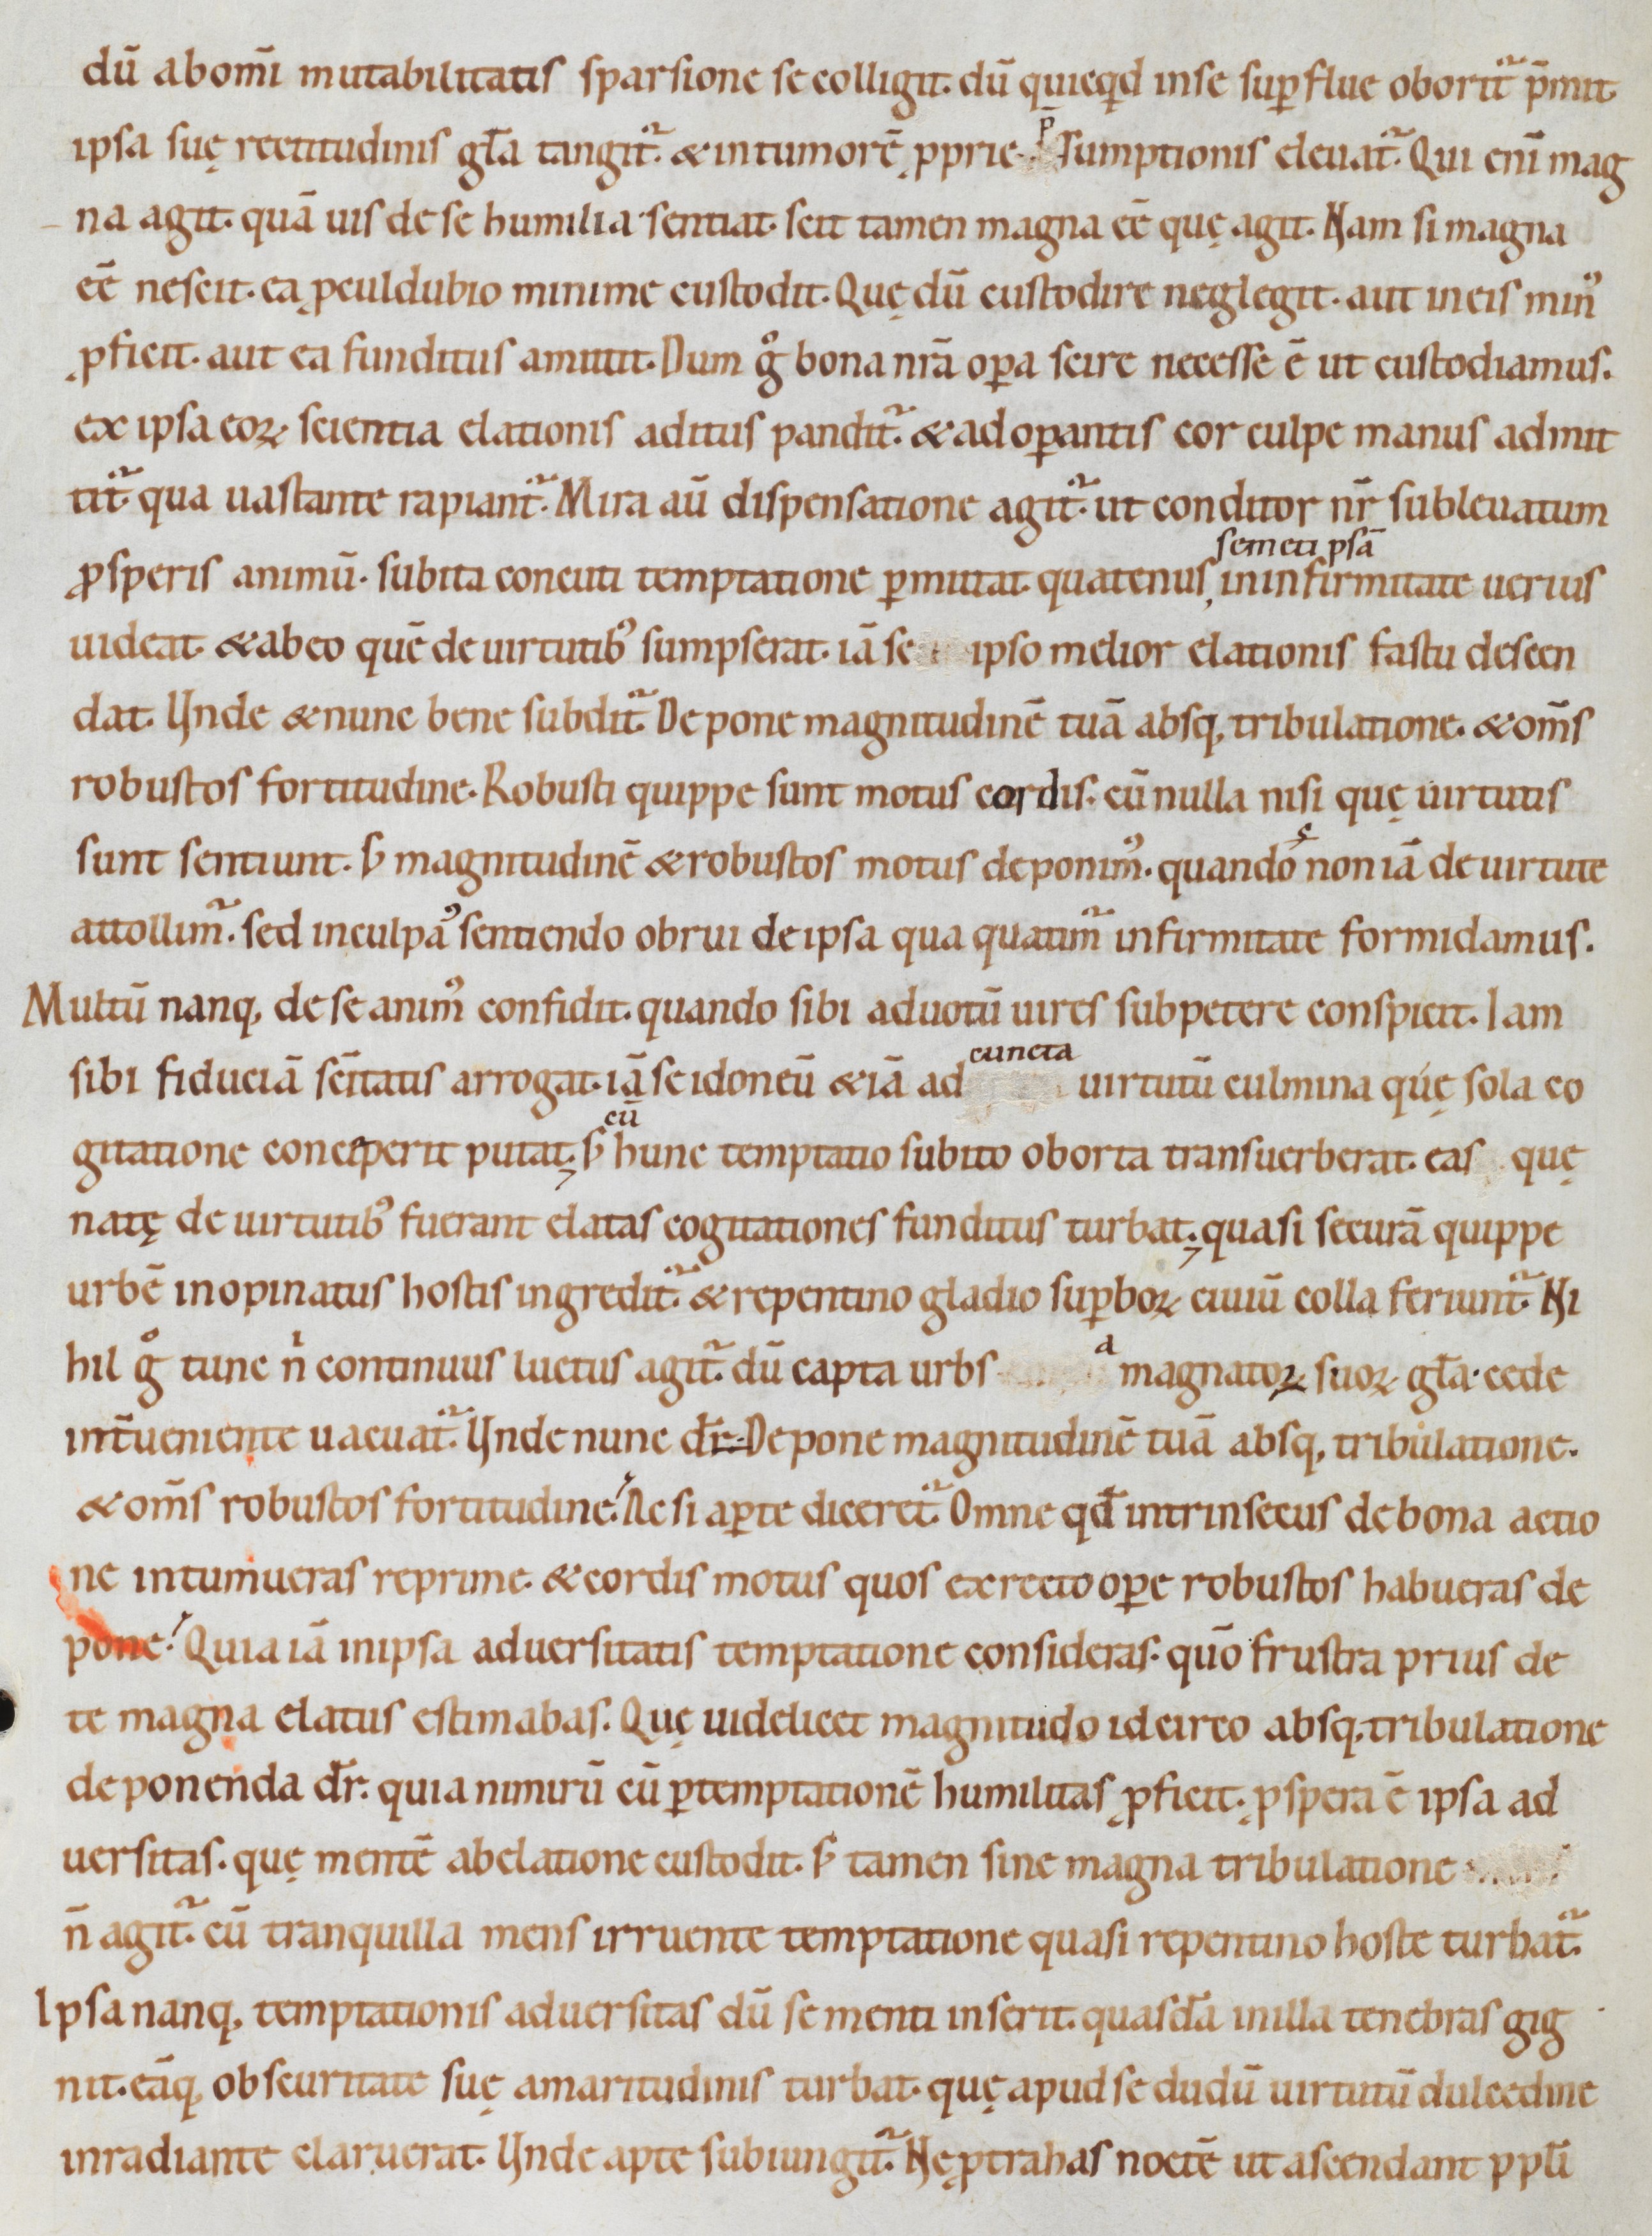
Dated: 1080–1096